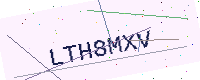
Text: LTH8MXV